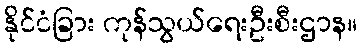
နိုင်ငံခြား ကုန်သွယ်ရေးဦးစီးဌာန။